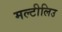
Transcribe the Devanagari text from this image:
मल्टीलिउ